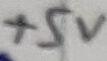
Text: +5V